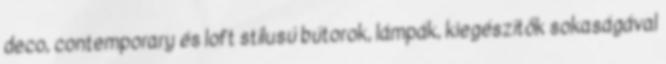
deco, contemporary és loft stílusú bútorok, lámpák, kiegészítők sokaságával